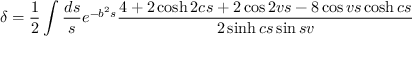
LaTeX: \delta = \frac { 1 } { 2 } \int \frac { d s } { s } e ^ { - b ^ { 2 } s } \frac { 4 + 2 \cosh 2 c s + 2 \cos 2 v s - 8 \cos v s \cosh c s } { 2 \sinh c s \sin s v }